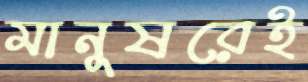
মানুষরেই